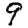
Digit: 9